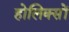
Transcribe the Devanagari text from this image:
होलिक्सों